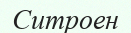
Ситроен